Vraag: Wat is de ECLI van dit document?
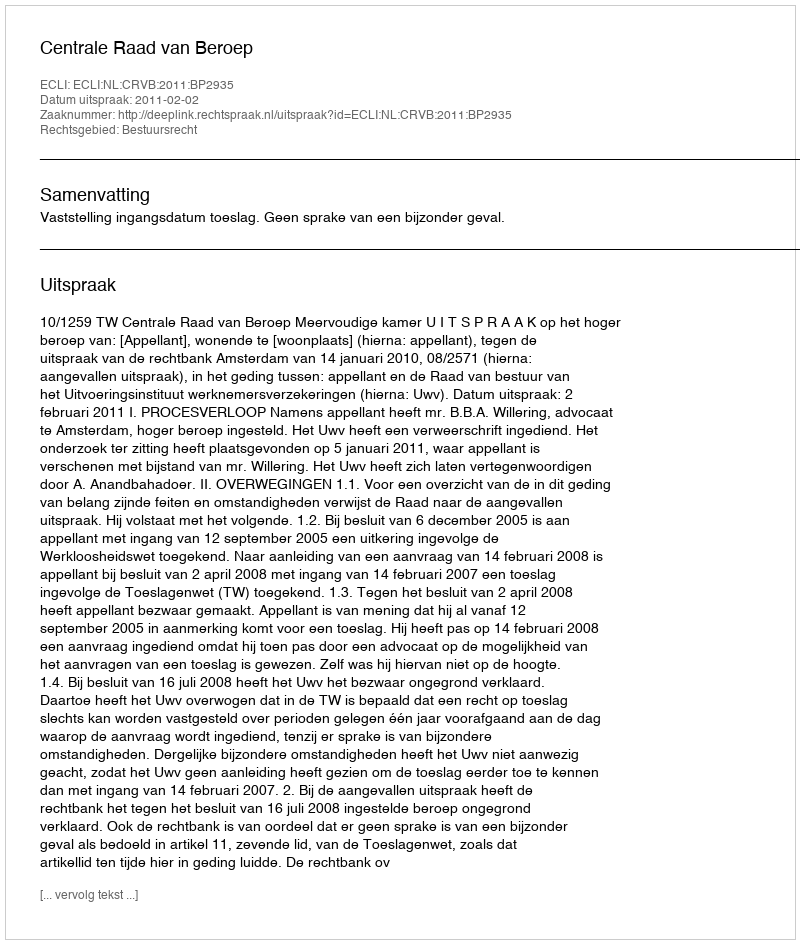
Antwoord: ECLI:NL:CRVB:2011:BP2935